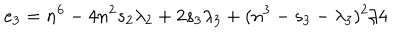
LaTeX: e _ { 3 } = n ^ { 6 } - 4 n ^ { 2 } s _ { 2 } \lambda _ { 2 } + 2 s _ { 3 } \lambda _ { 3 } + ( n ^ { 3 } - s _ { 3 } - \lambda _ { 3 } ) ^ { 2 } / 4